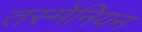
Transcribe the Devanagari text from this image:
तस्मेनियन